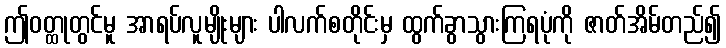
ဤဝတ္ထုတွင်မူ အာရပ်လူမျိုးများ ပါလက်စတိုင်းမှ ထွက်ခွာသွားကြရပုံကို ဇာတ်အိမ်တည်၍